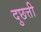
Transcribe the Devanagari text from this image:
दुछत्ती